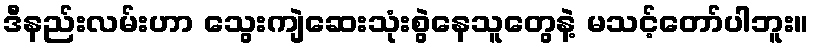
ဒီနည်းလမ်းဟာ သွေးကျဲဆေးသုံးစွဲနေသူတွေနဲ့ မသင့်တော်ပါဘူး။